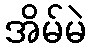
အိမ်မဲ